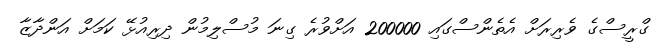
ގްރީސްގެ ވެރިރަށް އެތެންސްގައި 200000 އަށްވުރެ ގިނަ މުސްލިމުން ދިރިއުޅޭ ކަމަށް އަންދާޒާ